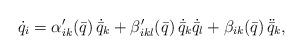
LaTeX: \begin{align*} \dot{q}_i = \alpha'_{ik}(\bar{q}) \, \dot{\bar{q}}_k + \beta'_{ikl}(\bar{q}) \, \dot{\bar{q}}_k \dot{\bar{q}}_l + \beta_{ik}(\bar{q}) \, \ddot{\bar{q}}_k ,\end{align*}